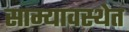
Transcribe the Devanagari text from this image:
साम्यावस्थेत